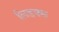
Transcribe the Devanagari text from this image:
लिडक्स